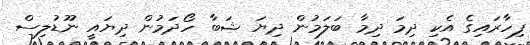
ފިހާރައިގެ އެކި ދިމަ ދިމާ ބަލަމުން ދިޔަ ޝަބާ ހޯދަމުން ދިޔައީ ނޫޑުލިސް